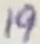
Text: 19